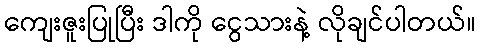
ကျေးဇူးပြုပြီး ဒါကို ငွေသားနဲ့ လိုချင်ပါတယ်။